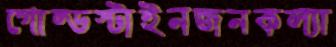
গোল্ডস্টাইনজনকল্যা